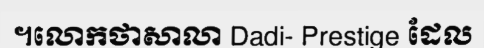
។លោកថាសាលា Dadi- Prestige ដែល